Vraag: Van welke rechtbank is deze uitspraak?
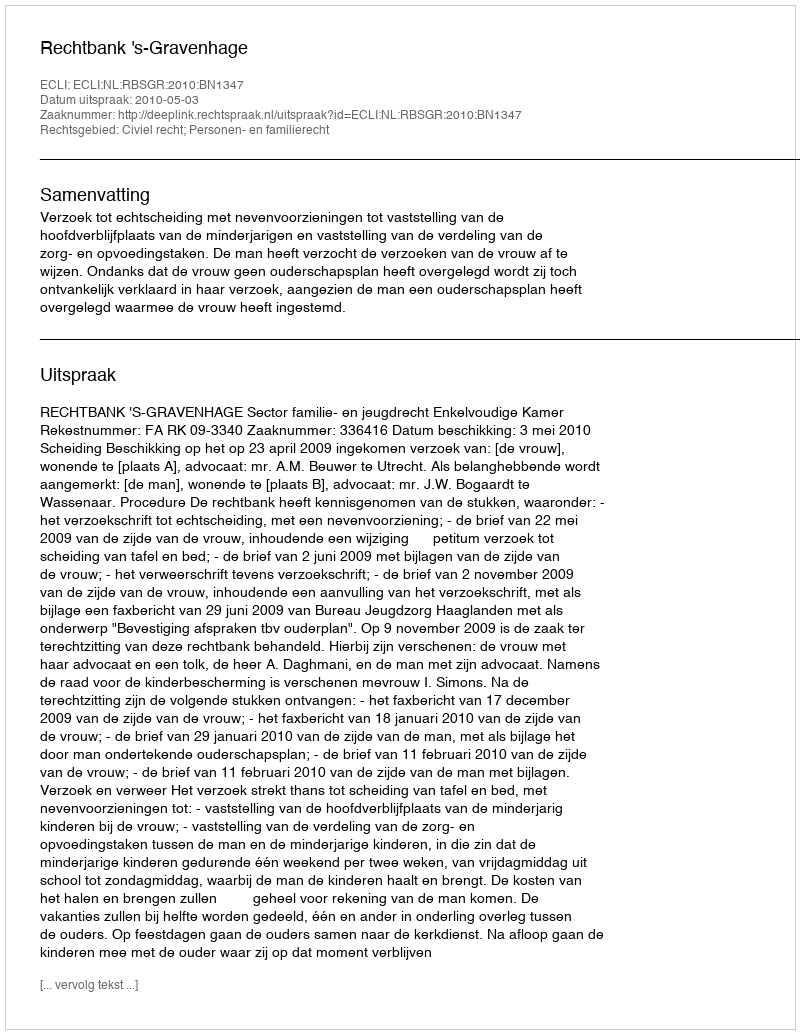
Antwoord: Rechtbank 's-Gravenhage